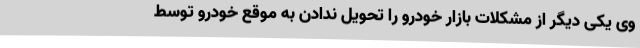
وی یکی دیگر از مشکلات بازار خودرو را تحویل ندادن به موقع خودرو توسط